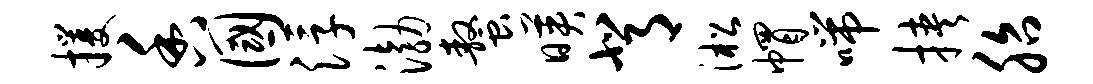
攫香国浮渤螯映背淞帽喘挟胎